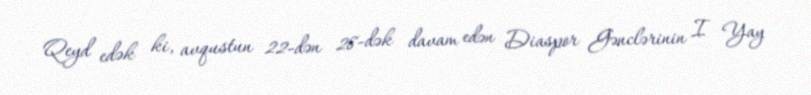
Qeyd edək ki, avqustun 22-dən 28-dək davam edən Diaspor Gənclərinin I Yay